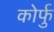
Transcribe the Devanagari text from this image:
कोर्फु